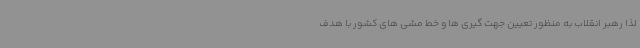
لذا رهبر انقلاب به منظور تعیین جهت گیری ها و خط مشی های کشور با هدف